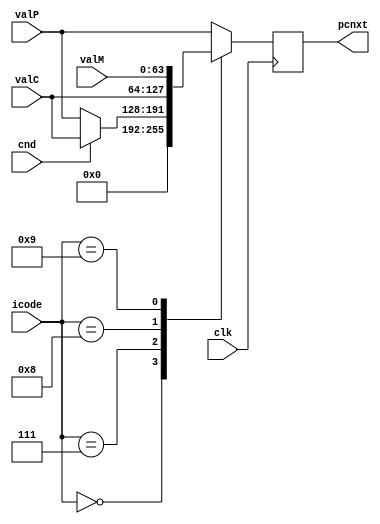
module pcupdate(clk,icode,cnd,valC,valM,valP,pcnxt);

input [3:0] icode;
input cnd,clk;
input [63:0] valC,valM,valP;
output reg [63:0] pcnxt;

always@(posedge clk)begin
    case(icode)
        4'b0000: pcnxt <= 0;
        4'b0111:
        begin
            if(cnd == 1)
             pcnxt <= valC;
            else
              pcnxt<=valP;
        end
        4'b1000: pcnxt <= valC;
        4'b1001: pcnxt <= valM;
        default:pcnxt<=valP;
    endcase
end
endmodule